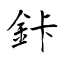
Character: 鉲